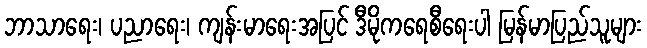
ဘာသာရေး၊ ပညာရေး၊ ကျန်းမာရေးအပြင် ဒီမိုကရေစီရေးပါ မြန်မာပြည်သူများ